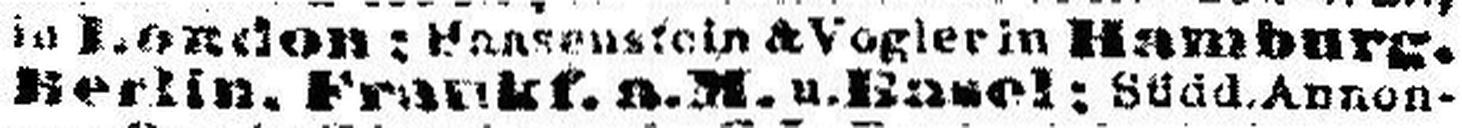
Berlin. Frankf.a.M. u. Basel: Südd.Annon¬